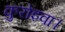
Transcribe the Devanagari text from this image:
कुरोइवा।